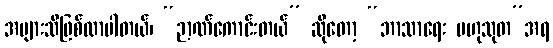
အများသိဖြစ်လာပါတယ်၊ “ဉာဏ်ကောင်းတယ်” ဆိုတော့ “ဘာသာရေး ဗဟုသုတ”အရ